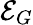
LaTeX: \mathcal{E}_{G}